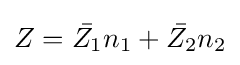
Z={\bar {Z_{1}}}n_{1}+{\bar {Z_{2}}}n_{2}